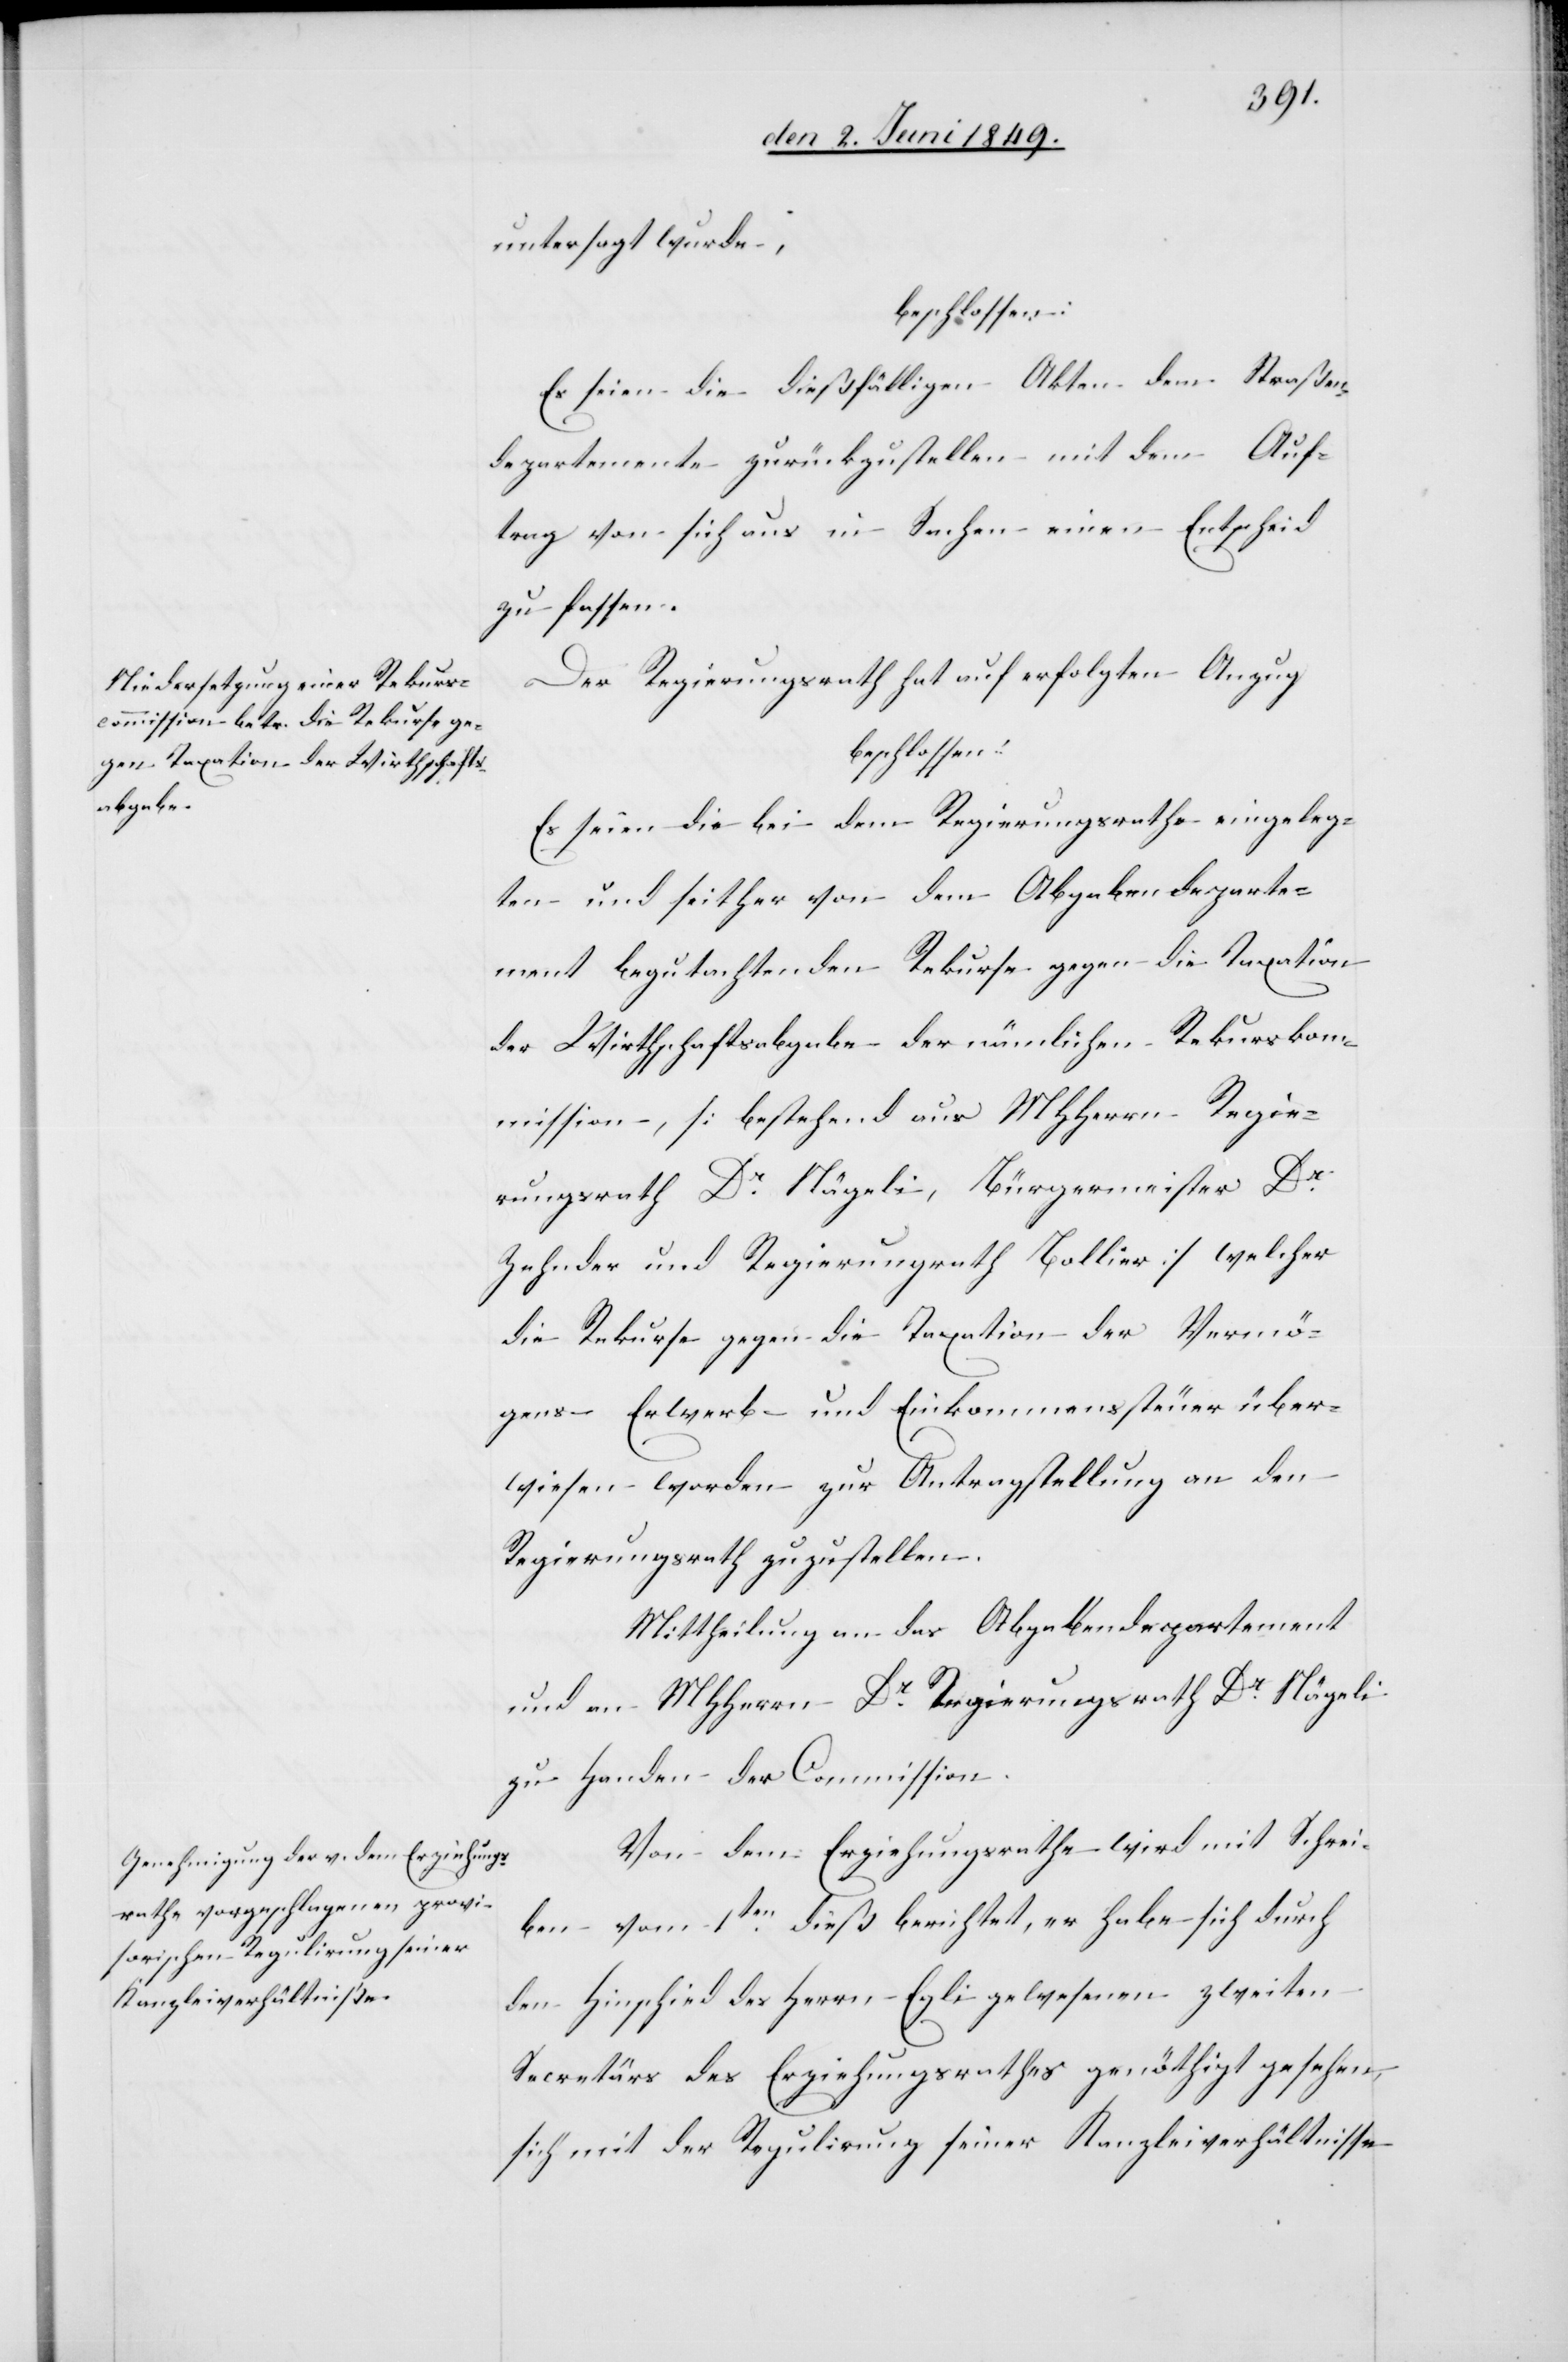
untersagt wurde,
beschlossen:
Es seien die dießfälligen Akten dem Straßen¬
departemente zurückzustellen mit dem Auf¬
trag von sich aus in Sachen einen Entscheid
zu fassen.
Der Regierungsrath hat auf erfolgten Anzug
beschlossen:
Es seien die bei dem Regierungsrathe eingeleg¬
ten und seither von dem Abgabendeparte¬
ment begutachteten Rekurse gegen die Taxation
der Wirthschaftsabgabe der nämlichen Rekurskom¬
mission, [bestehend aus MHHerrn Regie¬
rungsrath Dr Nägeli, Bürgermeister Dr
Zehnder und Regierungsrath Bollier] welcher
die Rekurse gegen die Taxation der Vermö¬
gens-[,] Erwerb- und Einkommenssteuer über¬
wiesen worden zur Antragstellung an den
Regierungsrath zuzustellen.
Mittheilung an das Abgabendepartement
und an MHHerrn Dr Regierungsrath Dr Nägeli
zu Handen der Commission.
Von dem Erziehungsrathe wird mit Schrei¬
ben vom 1ten dieß berichtet, er habe sich durch
den Hinschied des Herrn Egli gewesenen zweiten
Secretärs des Erziehungsrathes genöthigt gesehen,
sich mit der Regulirung seiner Kanzleiverhältnisse